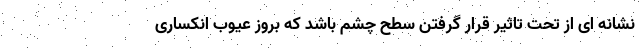
نشانه ای از تحت تاثیر قرار گرفتن سطح چشم باشد که بروز عیوب انکساری